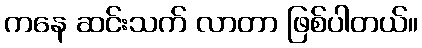
ကနေ ဆင်းသက် လာတာ ဖြစ်ပါတယ်။